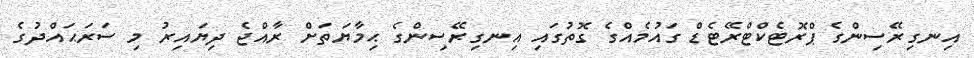
އިނގިރޭސިންގެ ޕްރޮޓެކްޓްރޭޓެޑް ގައުމެއްގެ ގޮތުގައި އިނގިރޭސިންގެ ޙިމާޔަތަށް ރާއްޖެ ދިޔައިރު މި ސަރަޙައްދުގެ